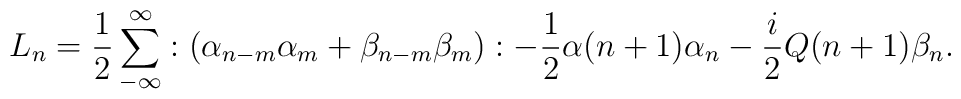
L_{n} = \frac{1}{2} \sum _{-\infty}^{\infty} :(\alpha _{n-m} \alpha _{m}+\beta _{n-m} \beta _{m}): -\frac{1}{2}\alpha (n+1)\alpha _{n}-\frac{i}{2}Q(n+1)\beta _{n}.